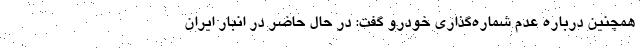
همچنین درباره عدم شماره‌گذاری خودرو گفت: در حال حاضر در انبار ایران